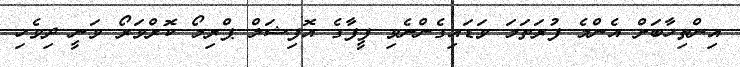
އިންތިހާބަށް އެންމެ ފުރަތަމަ ވަޑައިގެންނެވި ފީފާގެ އޮފިޝަލް ޕްރިމޯ ކޮރްވަރޯ ވަނީ ދިވެހި